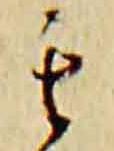
其